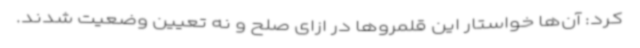
کرد: آن‌ها خواستار این قلمروها در ازای صلح و نه تعیین وضعیت شدند.